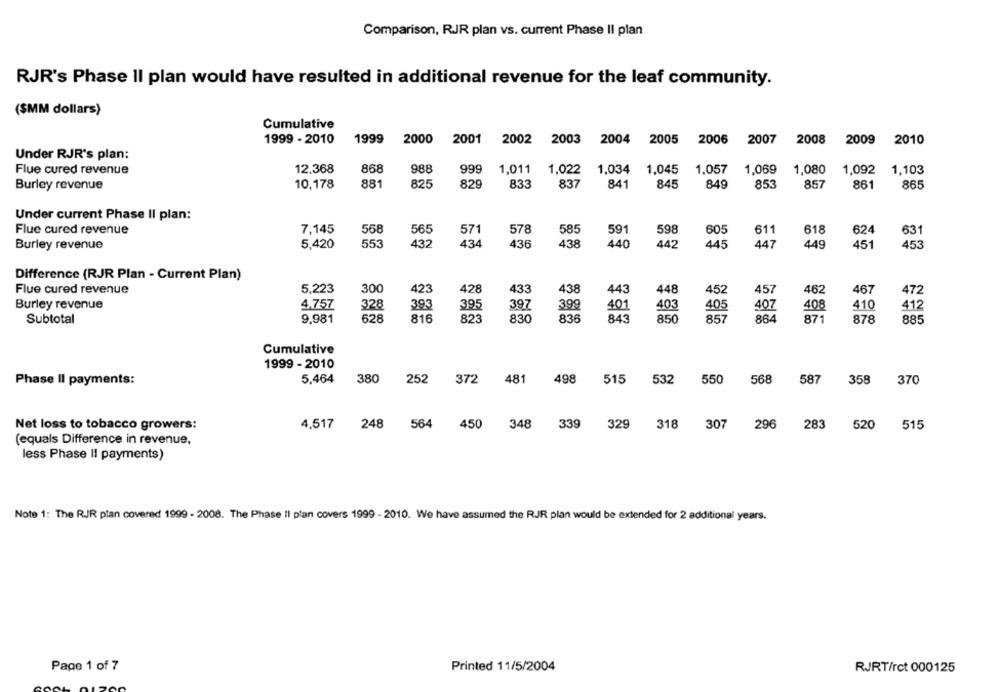
Comparison, RJR plan vs. current Phase II plan
RJR's Phase II plan would have resulted in additional revenue for the leaf community.
($MM dollars)
Cumulative
1999 - 2010
1999 2000
2001
2002 2003 2004 2005 2006
2007
2008
2009 2010
Under RJR's plan:
Flue cured revenue
12,368
868
988
999
1,011
1,022
1,034
1,045
1,057
1,069
1,080
1,092
1,103
Burley revenue
10,178
881
825
829
833
837
841
845
849
853
857
861
865
Under current Phase II plan:
7,145
558
565
578
585
591
618
624
Flue cured revenue
571
598
605
611
631
Burley revenue
5,420
553
432
434
436
438
440
442
445
447
449
451
453
Difference (RJR Plan - Current Plan)
Flue cured revenue
5,223
300
423
428
433
438
443
448
452
457
462
467
472
Burley revenue
4.757
328
393
395
410
397
399
401
403
40
407
408
412
836
850
871
Subtotal
9.981
628
816
823
830
843
857
864
878
885
Cumulative
1999 - 2010
Phase II payments:
5.464
380
252
372
481
498
515
532
550
568
587
358
370
Net loss to tobacco growers:
4,517
248
564
450 348
339
329
318
307
296
283 520 515
(equals Difference in revenue,
less Phase II payments)
Note 1: The RJR plan covered 1999 - 2008. The Phase Il plan covers 1999 - 2010. We have assumed the RJR plan would be extended for 2 additional years.
Page 1 of 7
Printed 11/5/2004
RJRT/rct 000125